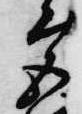
宮